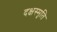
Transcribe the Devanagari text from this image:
दक्षस्मृति